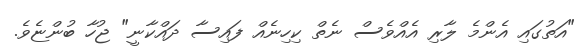
"އަތުގައި އެންމެ ލާރި އެއްވެސް ނެތް ކިހިނެއް ފައިސާ ދައްކާނީ" ޖުހާ ބުންޏެވެ.